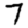
Digit: 7